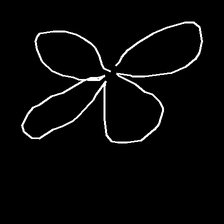
Glyph: billowing